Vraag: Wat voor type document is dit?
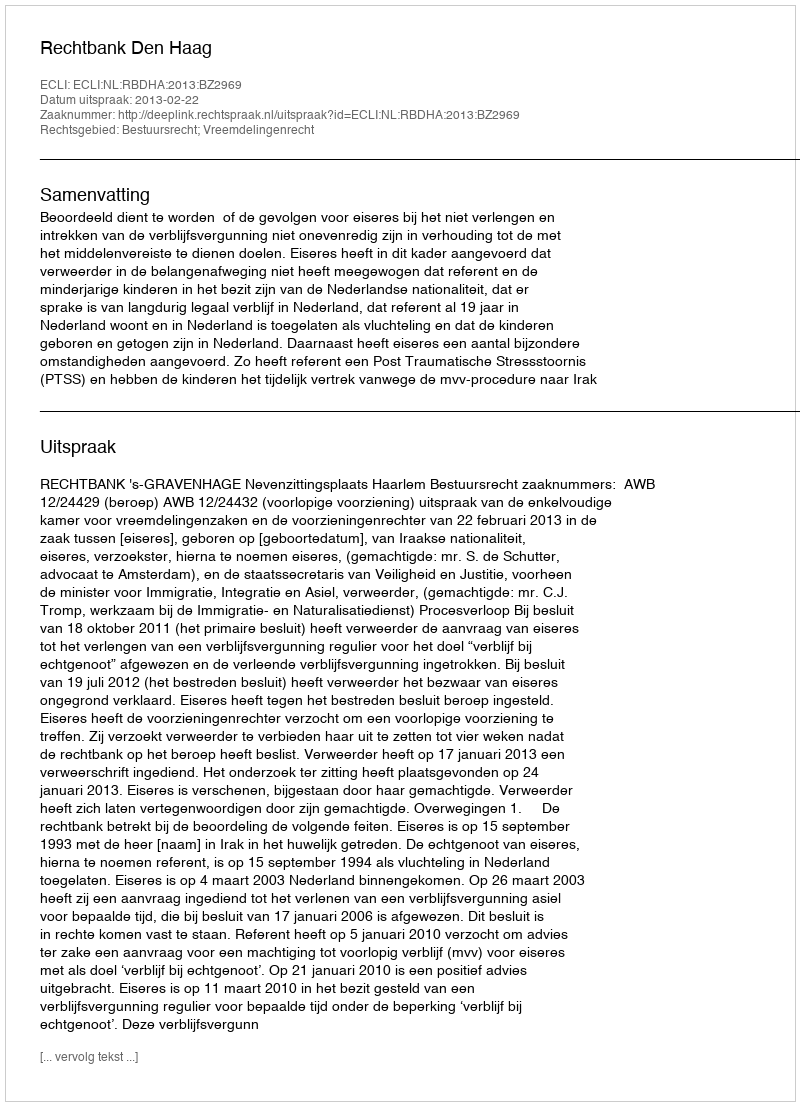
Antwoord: Uitspraak